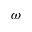
\omega